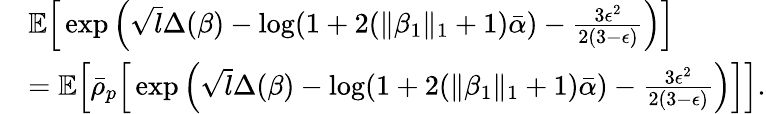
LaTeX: \begin{array}{rl}&{\mathbb{E}\Big[\exp\Big(\sqrt{l}\Delta(\beta)-\log(1+2(\| \beta_{1}\| _{1}+1)\bar{\alpha})-\frac{3\epsilon^{2}}{2(3-\epsilon)}\Big)\Big]}\\ &{=\mathbb{E}\Big[\bar{\rho}_{p}\Big[\exp\Big(\sqrt{l}\Delta(\beta)-\log(1+2(\| \beta_{1}\| _{1}+1)\bar{\alpha})-\frac{3\epsilon^{2}}{2(3-\epsilon)}\Big)\Big]\Big].}\end{array}